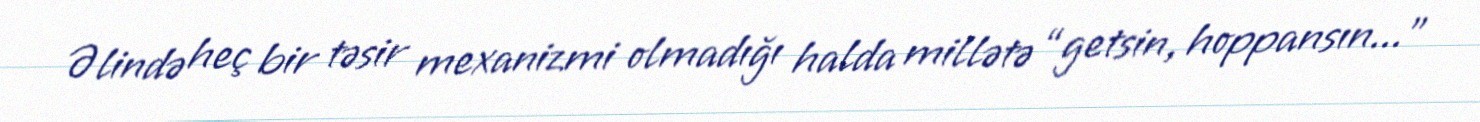
Əlində heç bir təsir mexanizmi olmadığı halda millətə “getsin, hoppansın...”